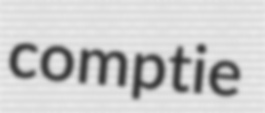
comptie